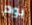
يوم